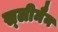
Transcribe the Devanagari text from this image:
स्‍लीमैन